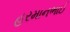
હરમાનભાઈ